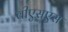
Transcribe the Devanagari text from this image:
वीएसएस